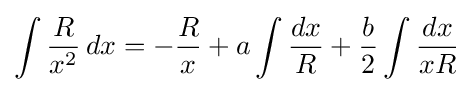
\int {\frac {R}{x^{2}}}\,dx=-{\frac {R}{x}}+a\int {\frac {dx}{R}}+{\frac {b}{2}}\int {\frac {dx}{xR}}